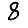
Digit: 8